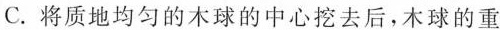
C.将质地均匀的木球的中心挖去后，木球的重